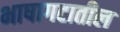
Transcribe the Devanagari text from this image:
भाषागटातील